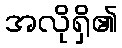
အလိုရှိ၏